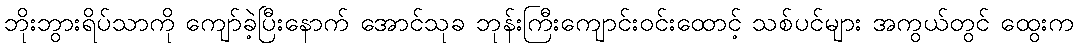
ဘိုးဘွားရိပ်သာကို ကျော်ခဲ့ပြီးနောက် အောင်သုခ ဘုန်းကြီးကျောင်းဝင်းထောင့် သစ်ပင်များ အကွယ်တွင် ထွေးက